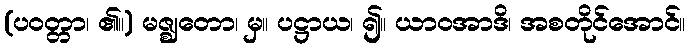
(ပဝတ္တာ၊ ၏။) မဇ္ဈတော၊ မှ။ ပဋ္ဌာယ၊ ၍။ ယာဝအာဒိ၊ အစတိုင်အောင်။